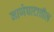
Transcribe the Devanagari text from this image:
नाणेघाटातील